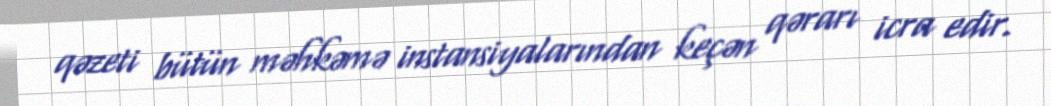
qəzeti bütün məhkəmə instansiyalarından keçən qərarı icra edir.